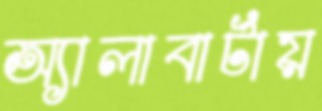
অ্যালাবার্টায়